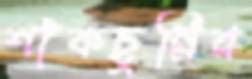
শাঁকচুন্নির